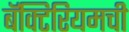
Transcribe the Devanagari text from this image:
बॅक्टिरियमची